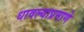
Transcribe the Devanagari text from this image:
धावल्याप्रमाणे